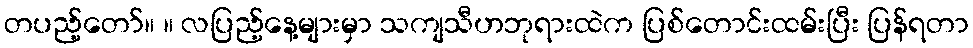
တပည့်တော်။ ။ လပြည့်နေ့များမှာ သကျသီဟဘုရားထဲက ပြစ်တောင်းထမ်းပြီး ပြန်ရတာ